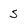
Character: S